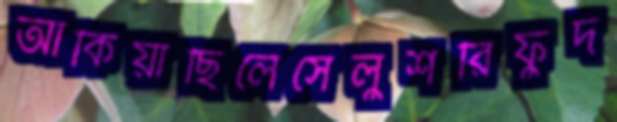
আঁকিয়াছিলেসেলুশরিফুদ